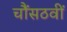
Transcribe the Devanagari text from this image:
चौंसठवीं